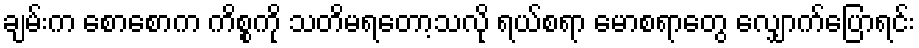
ချမ်းက စောစောက ကိစ္စကို သတိမရတော့သလို ရယ်စရာ မောစရာတွေ လျှောက်ပြောရင်း